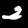
Label: 2